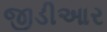
જીડીઆર